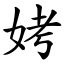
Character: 㛈